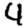
Digit: 4